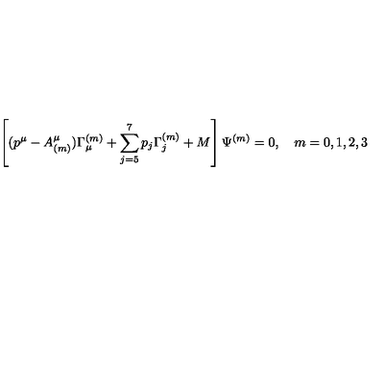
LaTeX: \left[ ( p ^ { \mu } - A _ { ( m ) } ^ { \mu } ) \Gamma _ { \mu } ^ { ( m ) } + \sum _ { j = 5 } ^ { 7 } p _ { j } \Gamma _ { j } ^ { ( m ) } + M \right] \Psi ^ { ( m ) } = 0 , \quad m = 0 , 1 , 2 , 3